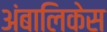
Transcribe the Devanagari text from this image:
अंबालिकेस